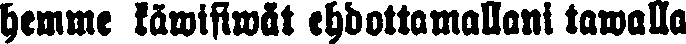
hemme käwisiwät ehdottamallani tawalla